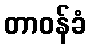
တာဝန်ခံ